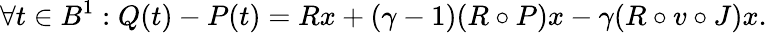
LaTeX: \forall t\in B^{1}:Q(t)-P(t)=Rx+(\gamma-1)(R\circ P)x-\gamma(R\circ v\circ J)x.